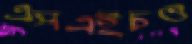
এসএইচও